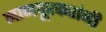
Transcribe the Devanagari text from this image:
नागपूरकरांनी